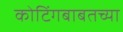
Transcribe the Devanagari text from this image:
कोटिंगबाबतच्या